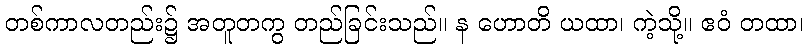
တစ်ကာလတည်း၌ အတူတကွ တည်ခြင်းသည်။ န ဟောတိ ယထာ၊ ကဲ့သို့။ ဧဝံ တထာ၊